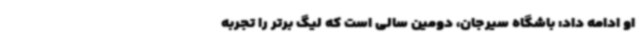
او ادامه داد: باشگاه سیرجان، دومین سالی است که لیگ برتر را تجربه